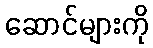
ဆောင်များကို